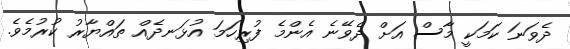
ދެވަނަ ކަމަކީ މާސް އަށް ދެވޭނެ އެންމެ ފުރިހަމަ އުޅަނދެއް ތައްޔާރު ކުރުމެވެ.